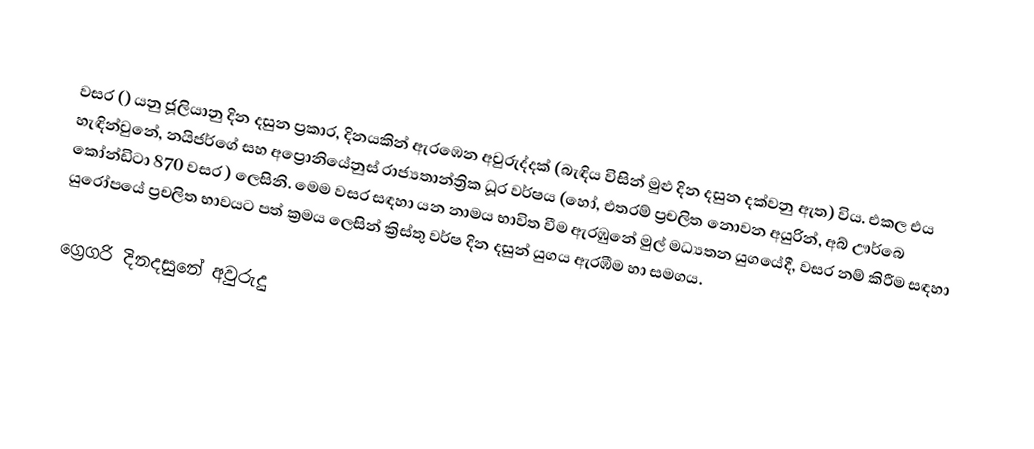

වසර   () යනු  ජූලියානු දින දසුන ප්‍රකාර,    දිනයකින් ඇරඹෙන  අවුරුද්දක්   (බැඳිය විසින් මුළු දින දසුන දක්වනු ඇත)  විය. එකල එය හැඳින්වුනේ, 	නයිජර්ගේ	 සහ 	අප්‍රොනියේනුස්	  රාජ්‍යතාන්ත්‍රික  ධූර වර්ෂය  (හෝ, එතරම් ප්‍රචලිත නොවන අයුරින්,  අබ් ඌර්බෙ කෝන්ඩිටා 	870	  වසර  ) ලෙසිනි. මෙම වසර සඳහා   යන නාමය භාවිත වීම ඇරඹුනේ මුල් මධ්‍යතන යුගයේදී, වසර නම් කිරීම සඳහා යුරෝපයේ ප්‍රචලිත භාවයට පත් ක්‍රමය ලෙසින් ක්‍රිස්තු වර්ෂ දින දසුන් යුගය ඇරඹීම හා සමගය.

ග්‍රෙගරි දිනදසුනේ අවුරුදු